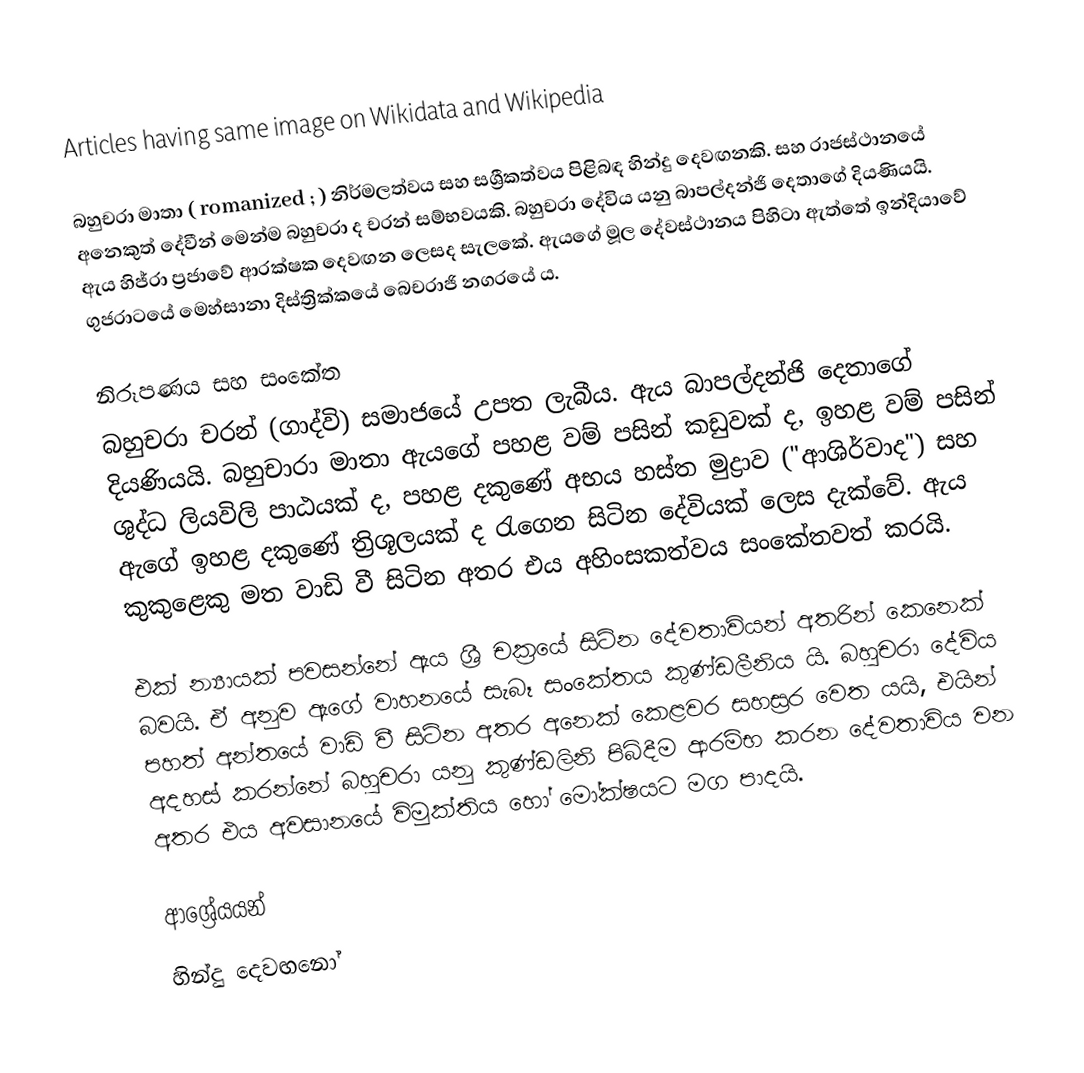
Articles having same image on Wikidata and Wikipedia

බහුචරා මාතා (     romanized  ; ) නිර්මලත්වය සහ සශ්‍රීකත්වය පිළිබඳ හින්දු දෙවඟනකි. සහ රාජස්ථානයේ අනෙකුත් දේවීන් මෙන්ම බහුචරා ද චරන් සම්භවයකි. බහුචරා දේවිය යනු බාපල්දන්ජි දෙතාගේ දියණියයි. ඇය හිජ්රා ප්‍රජාවේ ආරක්ෂක දෙවඟන ලෙසද සැලකේ.  ඇයගේ මූල දේවස්ථානය පිහිටා ඇත්තේ ඉන්දියාවේ ගුජරාටයේ මෙහ්සානා දිස්ත්‍රික්කයේ බෙචරාජි නගරයේ ය.

නිරූපණය සහ සංකේත
බහුචරා චරන් (ගාද්වි) සමාජයේ උපත ලැබීය. ඇය බාපල්දන්ජි දෙතාගේ දියණියයි. බහුචාරා මාතා ඇයගේ පහළ වම් පසින් කඩුවක් ද, ඉහළ වම් පසින් ශුද්ධ ලියවිලි පාඨයක් ද, පහළ දකුණේ අභය හස්ත මුද්‍රාව ("ආශිර්වාද") සහ ඇගේ ඉහළ දකුණේ ත්‍රිශූලයක් ද රැගෙන සිටින දේවියක් ලෙස දැක්වේ. ඇය කුකුළෙකු මත වාඩි වී සිටින අතර එය අහිංසකත්වය සංකේතවත් කරයි.

එක් න්‍යායක් පවසන්නේ ඇය ශ්‍රී චක්‍රයේ සිටින දේවතාවියන් අතරින් කෙනෙක් බවයි. ඒ අනුව ඇගේ වාහනයේ සැබෑ සංකේතය කුණ්ඩලීනිය යි. බහුචරා දේවිය පහත් අන්තයේ වාඩි වී සිටින අතර අනෙක් කෙළවර සහස්‍රර වෙත යයි, එයින් අදහස් කරන්නේ බහුචරා යනු කුණ්ඩලිනි පිබිදීම ආරම්භ කරන දේවතාවිය වන අතර එය අවසානයේ විමුක්තිය හෝ මෝක්ෂයට මග පාදයි.

ආශ්‍රේයයන්
හින්දු දෙවඟනෝ